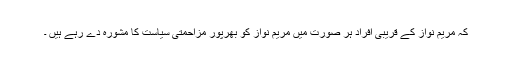
کہ مریم نواز کے قریبی افراد ہر صورت میں مریم نواز کو بھرپور مزاحمتی سیاست کا مشورہ دے رہے ہیں ۔